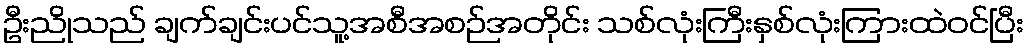
ဦးညိုသည် ချက်ချင်းပင်သူ့အစီအစဉ်အတိုင်း သစ်လုံးကြီးနှစ်လုံးကြားထဲဝင်ပြီး